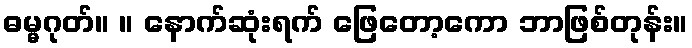
ဓမ္မဂုတ်။ ။ နောက်ဆုံးရက် ဖြေတော့ကော ဘာဖြစ်တုန်း။